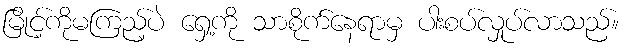
မြိုင့်ကိုမကြည့်ပဲ ရှေ့ကို သာစိုက်နေရာမှ ပါးစပ်လှုပ်လာသည်။